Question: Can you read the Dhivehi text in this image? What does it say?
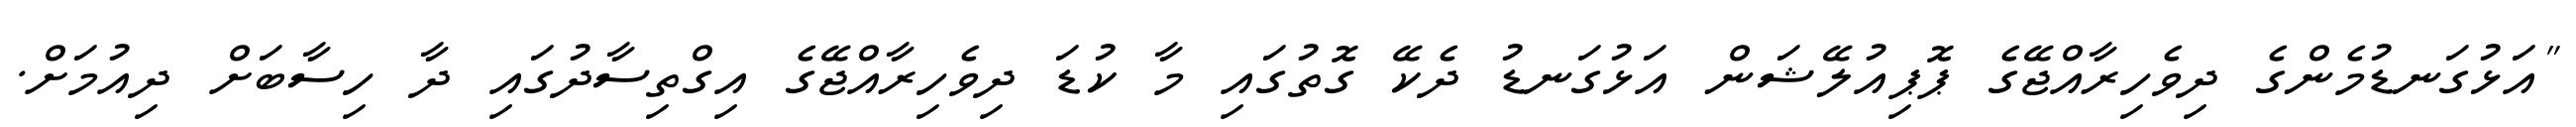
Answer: "އަޅުގަނޑުމެންގެ ދިވެހިރާއްޖޭގެ ޕޮޕިއުލޭޝަން އަޅުގަނޑު ދެކޭ ގޮތުގައި މާ ކުޑަ ދިވެހިރާއްޖޭގެ އިގްތިސާދުގައި ދާ ހިސާބަށް ދިއުމަށް.